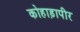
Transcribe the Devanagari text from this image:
कोहाड़ापीर